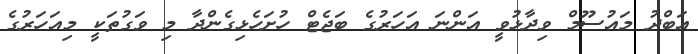
އަބްދު މައުސޫމް ވިދާޅުވީ އަންނަ އަހަރުގެ ބަޖެޓް ހުށަހެޅިގެންދާ މި ވަގުތަކީ މިއަހަރުގެ